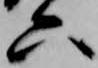
六